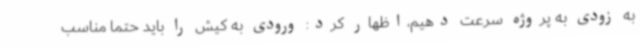
به زودی به پروژه سرعت دهیم،اظهار کرد: ورودی به کیش را باید حتما مناسب